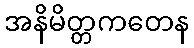
အနိမိတ္တကတေန